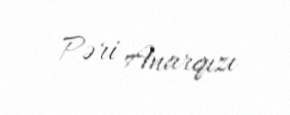
Pəri Anarqızı